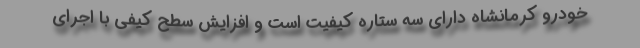
خودرو کرمانشاه دارای سه ستاره کیفیت است و افزایش سطح کیفی با اجرای